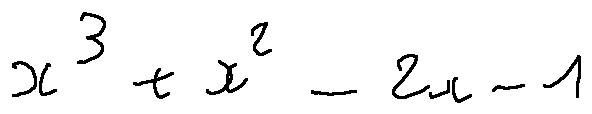
x ^ { 3 } + x ^ { 2 } - 2 x - 1